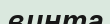
винта